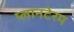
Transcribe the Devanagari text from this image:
प्लानटेरम